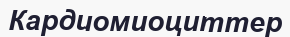
Кардиомиоциттер